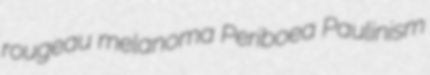
rougeau melanoma Periboea Paulinism